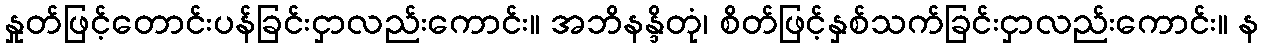
နှုတ်ဖြင့်တောင်းပန်ခြင်းငှာလည်းကောင်း။ အဘိနန္ဒိတုံ၊ စိတ်ဖြင့်နှစ်သက်ခြင်းငှာလည်းကောင်း။ န